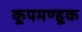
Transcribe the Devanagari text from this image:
कूपमण्डूक